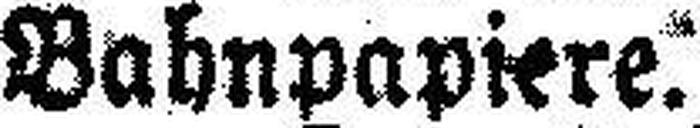
Bahnpapiere.